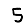
Digit: 5